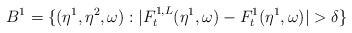
\begin{align*}B^1=\{(\eta^1,\eta^2,\omega):|F^{1,L}_t(\eta^1,\omega)-F^1_t(\eta^1,\omega)|>\delta\}\end{align*}